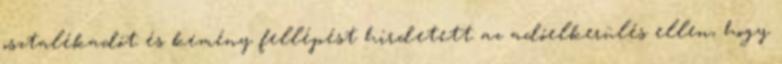
osztalékadót és kemény fellépést hirdetett az adóelkerülés ellen, hogy